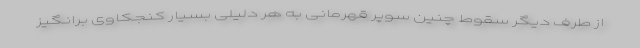
از طرف دیگر سقوط چنین سوپر قهرمانی به هر دلیلی بسیار کنجکاوی برانگیز